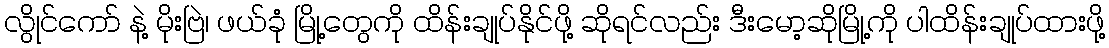
လွိုင်ကော် နဲ့ မိုးဗြဲ၊ ဖယ်ခုံ မြို့တွေကို ထိန်းချုပ်နိုင်ဖို့ ဆိုရင်လည်း ဒီးမော့ဆိုမြို့ကို ပါထိန်းချုပ်ထားဖို့